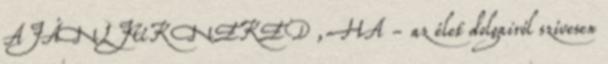
AJÁNLJUK NEKED , HA - az élet dolgairól szívesen